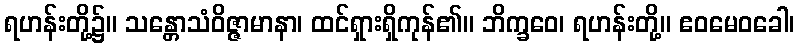
ရဟန်းတို့၌။ သန္တောသံဝိဇ္ဇာမာနာ၊ ထင်ရှားရှိကုန်၏။ ဘိက္ခဝေ၊ ရဟန်းတို့။ ဧဝမေဝခေါ၊